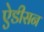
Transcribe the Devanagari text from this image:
ऐडीसन